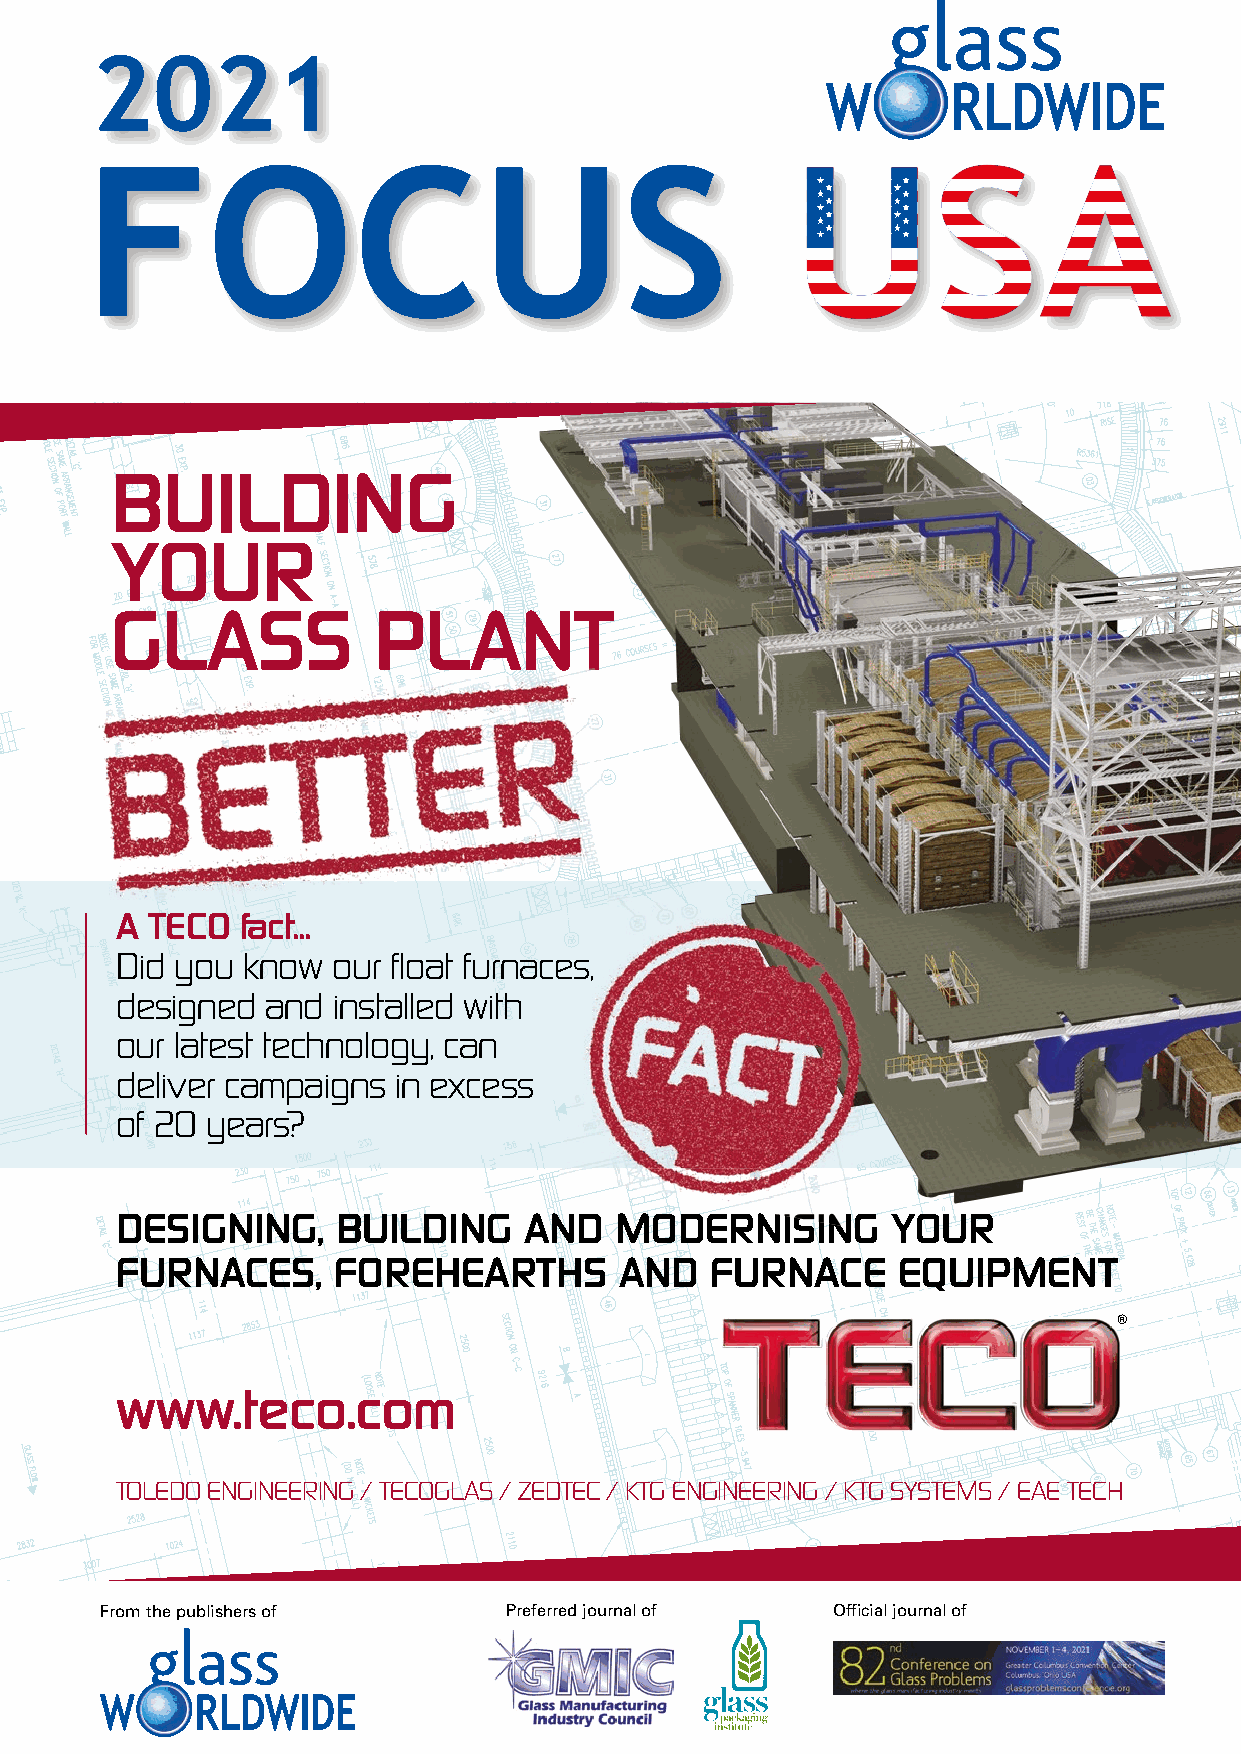
2021
 tc309_TEC_GlassWorldwide_CoverAd_2020_v03.qxp_Layout 1 11/06/2020 11:06 Page 1
 BUILDING
 Page       S1   -  Should         this
 YOUR
 change         to    2021      Focus
 GLASS             PLANT
 USA?
 A TECO  fact...
 Did you know  our float furnaces,
 designed  and installed with
 our latest technology, can
 deliver campaigns in excess
 of 20 years?
 DESIGNING,    BUILDING     AND   MODERNISING       YOUR
 FURNACES,     FOREHEARTHS        AND   FURNACE     EQUIPMENT
 ®
 www.teco.com
 TOLEDO ENGINEERING / TECOGLAS / ZEDTEC / KTG ENGINEERING / KTG SYSTEMS / EAE TECH
 From the publishers of    Preferred journal of  Official journal of